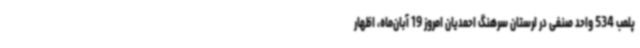
پلمب 534 واحد صنفی در لرستان سرهنگ احمدیان امروز 19 آبان‌ماه، اظهار